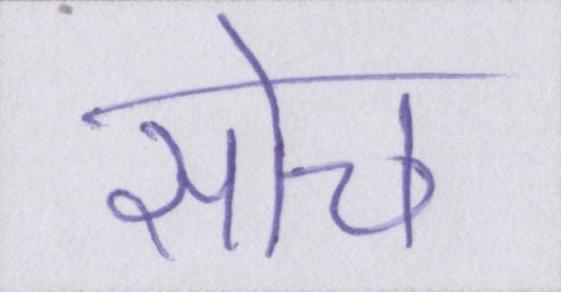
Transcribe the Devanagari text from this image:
सोच